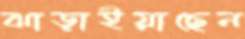
ঝাড়াইয়াছেন